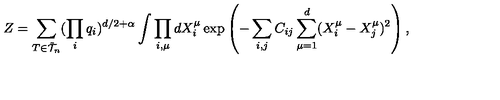
\protect Z = \sum _ { T \in { \tilde { \cal { T } } } _ { n } } ( \prod _ { i } q _ { i } ) ^ { d / 2 + \alpha } \int \prod _ { i , \mu } d X _ { i } ^ { \mu } \exp \left( - \sum _ { i , j } C _ { i j } \sum _ { \mu = 1 } ^ { d } ( X _ { i } ^ { \mu } - X _ { j } ^ { \mu } ) ^ { 2 } \right) ,